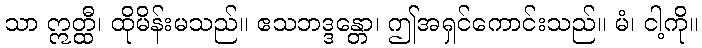
သာ ဣတ္ထီ၊ ထိုမိန်းမသည်။ ဧသဘဒ္ဒန္တော၊ ဤအရှင်ကောင်းသည်။ မံ၊ ငါ့ကို။